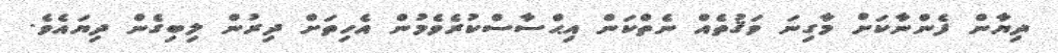
ދިޔާން ފެންނާކަށް މާގިނަ ވަޤުތެއް ނެތްކަން އިޙްސާސްކުރެވެމުން އެހިތަށް ދިރުން ލިބިގެން ދިޔައެވެ.